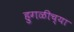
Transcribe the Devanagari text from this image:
हुगळीच्या